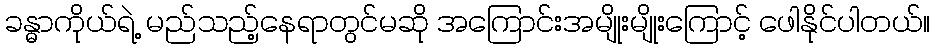
ခန္ဓာကိုယ်ရဲ့ မည်သည့်နေရာတွင်မဆို အကြောင်းအမျိုးမျိုးကြောင့် ဖေါနိုင်ပါတယ်။